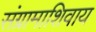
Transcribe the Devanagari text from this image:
संग्रामाशिवाय